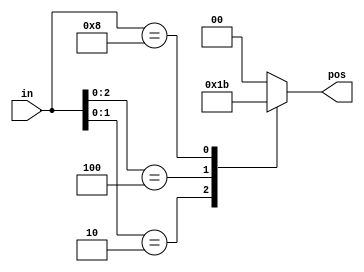
//Build a 4-bit priority encoder. For this problem, if none of the input bits are high (i.e., input is zero), output zero. Note that a 4-bit number has 16 possible combinations.
module top_module (
    input [3:0] in,
    output reg [1:0] pos  );
    always@(*) begin
        casex(in)
            4'bxxx1:pos=2'b00;
            4'bxx10:pos=2'b01;
            4'bx100:pos=2'b10;
            4'b1000:pos=2'b11;
            default: pos=2'b00;
        endcase
            
    end
    
endmodule